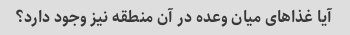
آیا غذاهای میان وعده در آن منطقه نیز وجود دارد؟